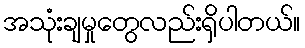
အသုံးချမှုတွေလည်းရှိပါတယ်။